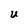
Character: U